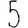
Digit: 5